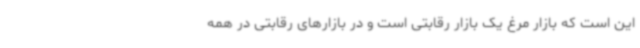
این است که بازار مرغ یک بازار رقابتی است و در بازارهای رقابتی در همه